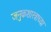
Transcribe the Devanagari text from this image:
जनुकशास्त्राच्या